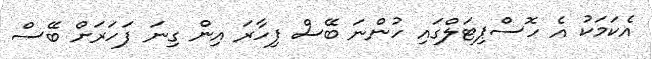
އެކަމަކު އެ ހޮސްޕިޓަލްގައި ހުންނަ ބޭސް ފިހާރަ އިން ގިނަ ފަހަރަށް ބޭސް